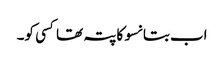
اب بتا نسو کا پتہ تھا کسی کو۔